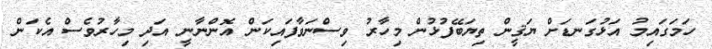
ހަމަގައިމު އަޅުގަނޑަށް ޔަޤީން ތިޔަބޭފުޅުން މިހާރު ވިސްނަވާފައިކަން އޮންނާނީ އަދި މިހާރުވެސް އެކަން